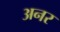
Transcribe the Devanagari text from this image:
अनर